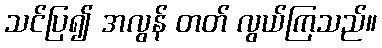
သင်ပြ၍ အလွန် တတ် လွယ်ကြသည်။